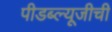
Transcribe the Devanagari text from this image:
पीडब्ल्यूजीची